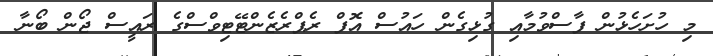
މި ހުށަހެޅުން ފާސްވުމާއި ގުޅިގެން ހައުސް އޮފް ރެޕްރެޒެންޓޭޓިވްސްގެ ރައީސް ޖޯން ބޯނާ